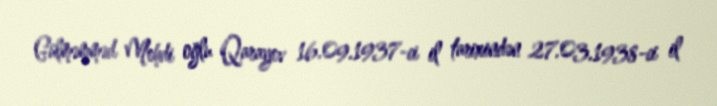
Gülməmməd Mehdi oğlu Qarayev 16.09.1937-ci il tarixindən 27.03.1938-ci il